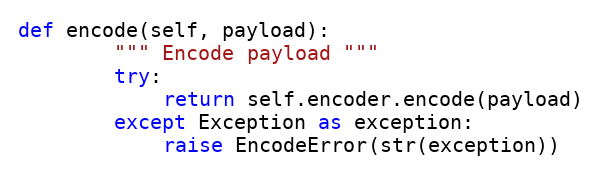
Language: Python
def encode(self, payload):
        """ Encode payload """
        try:
            return self.encoder.encode(payload)
        except Exception as exception:
            raise EncodeError(str(exception))